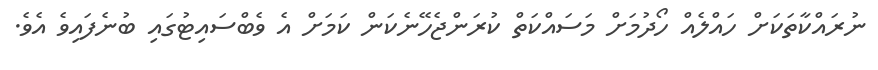
ނުރައްކާތަކަށް ހައްލެއް ހޯދުމަށް މަސައްކަތް ކުރަންޖެހޭނެކަން ކަމަށް އެ ވެބްސައިޓުގައި ބުނެފައިވެ އެވެ.